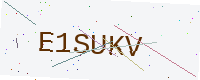
Text: E1SUKV